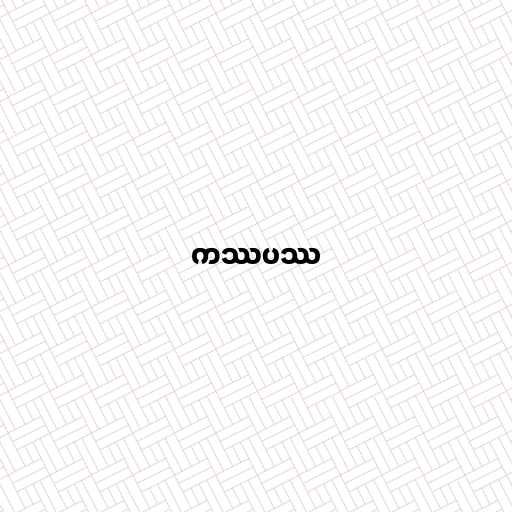
ကဿပဿ